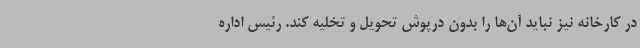
در کارخانه نیز نباید آن‌ها را بدون درپوش تحویل و تخلیه کند. رئیس اداره